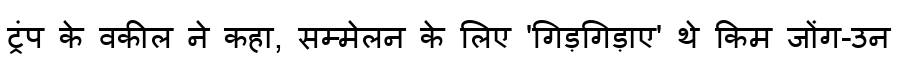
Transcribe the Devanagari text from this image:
ट्रंप के वकील ने कहा, सम्मेलन के लिए 'गिड़गिड़ाए' थे किम जोंग-उन